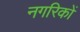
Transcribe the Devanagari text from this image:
नगरिकों